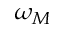
\omega _ { M }